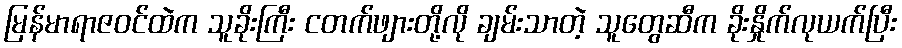
မြန်မာရာဇဝင်ထဲက သူခိုးကြီး ငတက်ဖျားတို့လို ချမ်းသာတဲ့ သူတွေဆီက ခိုးနှိုက်လုယက်ပြီး